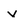
Character: V